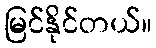
မြင်နိုင်တယ်။